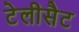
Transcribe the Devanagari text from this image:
टेलीसैट